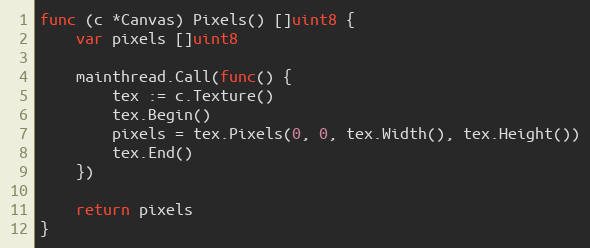
Language: Go
func (c *Canvas) Pixels() []uint8 {
	var pixels []uint8

	mainthread.Call(func() {
		tex := c.Texture()
		tex.Begin()
		pixels = tex.Pixels(0, 0, tex.Width(), tex.Height())
		tex.End()
	})

	return pixels
}